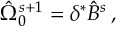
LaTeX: { \hat { \Omega } } _ { 0 } ^ { s + 1 } = \delta ^ { * } { \hat { B } } ^ { s } \, ,